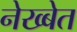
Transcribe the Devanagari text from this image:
नेख्बेत